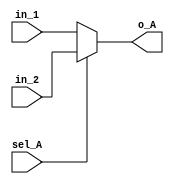
`timescale 1ns / 1ps
//////////////////////////////////////////////////////////////////////////////////
// Company: 
// Engineer: 
// 
// Design Name: 
// Module Name: mux_A
// Project Name: 
// Target Devices: 
// Tool Versions: 
// Description: 
// 
// Dependencies: 
// 
// Revision:
// Revision 0.01 - File Created
// Additional Comments:
// 
//////////////////////////////////////////////////////////////////////////////////

`define MUX_WIDTH 8 
module mux_A(
in_1 , in_2 , o_A, sel_A 
    );
  
 input sel_A ;
 input [`MUX_WIDTH-1:0] in_1 , in_2 ; 
 output[`MUX_WIDTH-1:0] o_A ;  
 
 assign o_A = sel_A ? in_2 :in_1 ;
 
endmodule